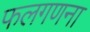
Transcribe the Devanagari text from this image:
फलगणना